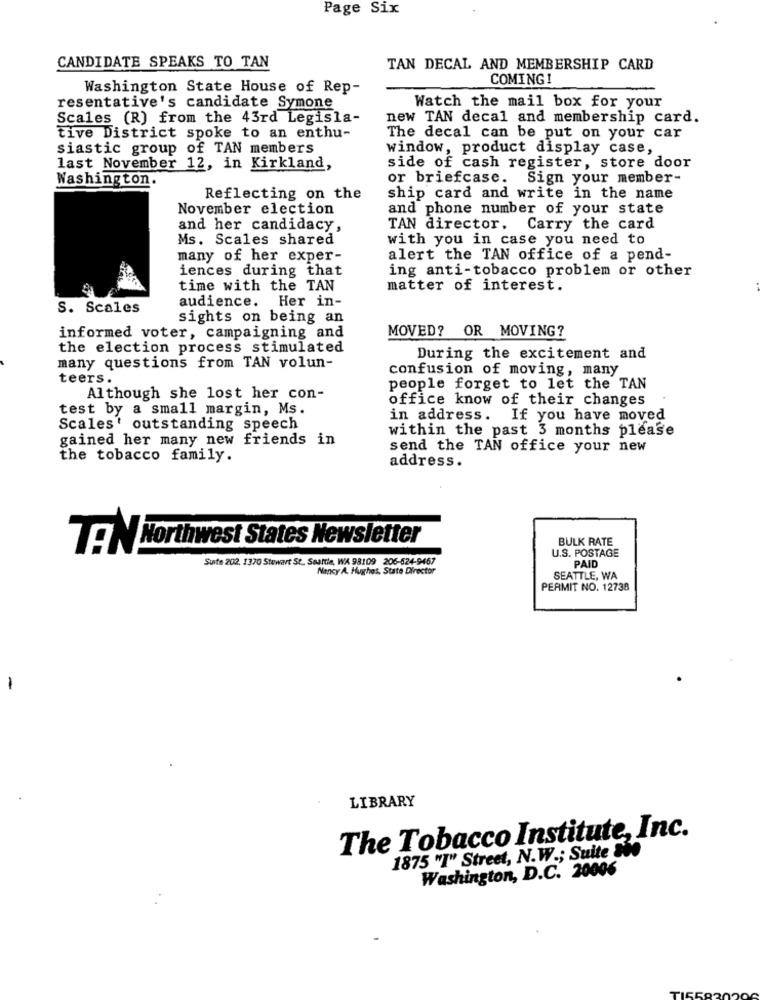
Page Six
CANDIDATE SPEAKS TO TAN
TAN DECAL AND MEMBERSHIP CARD
COMING!
Washington State House of Rep-
resentative's candidate Symone
Watch the mail box for your
Scales (R) from the 43rd Legisla-
new TAN decal and membership card.
tive District spoke to an enthu-
The decal can be put on your car
siastic group of TAN members
window, product display case,
last November 12, in Kirkland,
side of cash register, store door
Washington.
or briefcase.
Sign your member-
Reflecting on the
ship card and write in the name
November election
and phone number of your state
and her candidacy,
TAN director. Carry the card
Ms. Scales shared
with you in case you need to
many of her exper-
alert the TAN office of a pend-
iences during that
ing anti-tobacco problem or other
time with the TAN
matter of interest.
audience. Her in-
S. Scales
sights on being an
MOVED? OR MOVING?
informed voter, campaigning and
the election process stimulated
During the excitement and
many questions from TAN volun-
confusion of moving, many
teers .
people forget to let the TAN
Although she lost her con-
office know of their changes
test by a small margin, Ms.
in address. If you have moved
Scales' outstanding speech
within the past 3 months please
gained her many new friends in
send the TAN office your new
the tobacco family.
address.
BULK RATE
79 N Northwest States Newsletter
U.S. POSTAGE
Suite 202, 1370 Stewart St. Seattle, WA 98109 206-524-9467
Nancy A. Hughes, State Director
PAID
SEATTLE, WA
PERMIT NO. 12738
-
LIBRARY
The Tobacco Institute, Inc.
1875 "I" Street, N.W .; Suite She
Washington, D.C. 20006